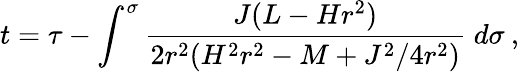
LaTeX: t=\tau-\int^{\sigma}\frac{J(L-Hr^{2})}{2r^{2}(H^{2}r^{2}-M+J^{2}/4r^{2})}\; d\sigma\: ,